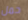
حمل